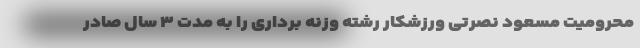
محرومیت مسعود نصرتی ورزشکار رشته وزنه برداری را به مدت ۳ سال صادر